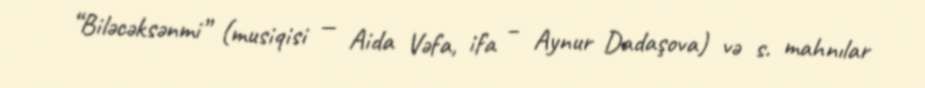
“Biləcəksənmi” (musiqisi — Aida Vəfa, ifa – Aynur Dadaşova) və s. mahnılar